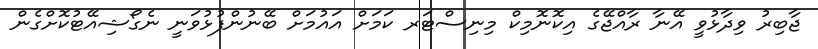
ޖާބިރު ވިދާޅުވީ އޭނާ ރާއްޖޭގެ އިކޮނޮމިކް މިނިސްޓަރ ކަމަށް އައުމަށް ބޭނުންފުޅުވަނީ ނެގޯޝިއޭޓުކޮށްގެން